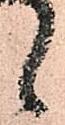
候